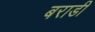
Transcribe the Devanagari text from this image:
बराडी